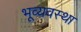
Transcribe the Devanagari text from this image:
भूव्यवस्था